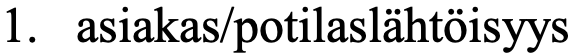
1. asiakas/potilaslähtöisyys